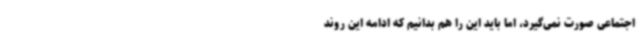
اجتماعی صورت نمی‌گیرد، اما باید این را هم بدانیم که ادامه این روند